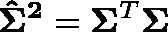
\mathbf { { \hat { \Sigma } } ^ { 2 } } = \mathbf { \Sigma } ^ { T } \mathbf { \Sigma }